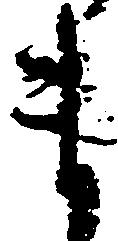
ま